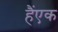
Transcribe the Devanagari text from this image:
हैंएक